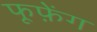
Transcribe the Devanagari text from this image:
फूफ़ेंग